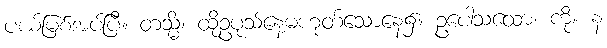
ပယ်မြစ်အပ်ပြီ။ တသ္မိံ၊ ထိုဥပုသ်နေ့မဟုတ်သောနေ့၌။ ဥပေါသထော၊ ကို။ န